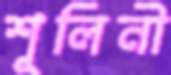
শূলিনী